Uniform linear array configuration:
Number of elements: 16
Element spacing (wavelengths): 0.25
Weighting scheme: exponential
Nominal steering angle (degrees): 60
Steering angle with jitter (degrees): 59.775
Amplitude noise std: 0.05
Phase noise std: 0.05

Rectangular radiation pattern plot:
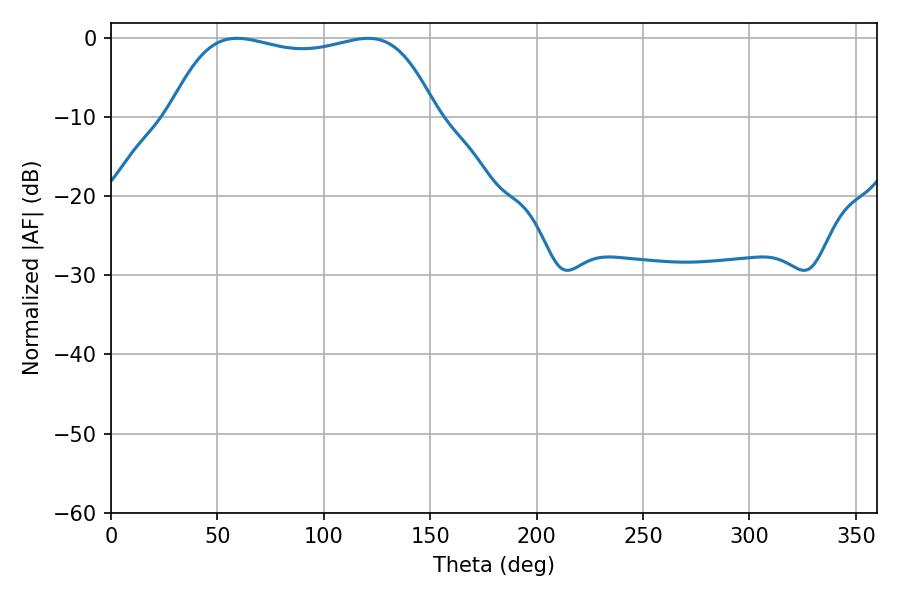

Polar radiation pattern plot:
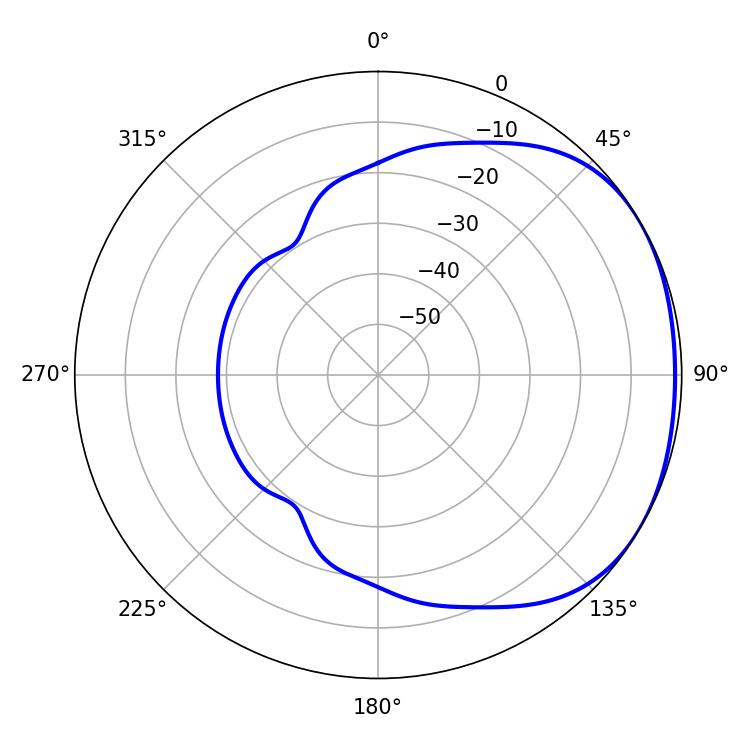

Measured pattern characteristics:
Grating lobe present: FALSE
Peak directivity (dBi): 1.59
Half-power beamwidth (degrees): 100.08
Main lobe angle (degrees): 59.22